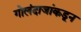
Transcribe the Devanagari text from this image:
गोलंदाजांकडून